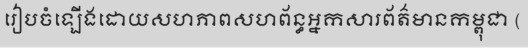
រៀបចំឡើងដោយសហភាពសហព័ន្ធអ្នកសារព័ត៌មានកម្ពុជា (